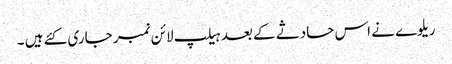
ریلوے نے اس حادثے کے بعد ہیلپ لائن نمبر جاری کئے ہیں ۔